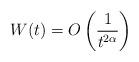
LaTeX: \begin{align*}W(t)=O\left( \frac{1}{t^{2\alpha}}\right) \end{align*}